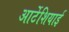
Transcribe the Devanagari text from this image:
आर्टेशियाई